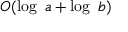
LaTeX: O ( \log \ a + \log \ b )